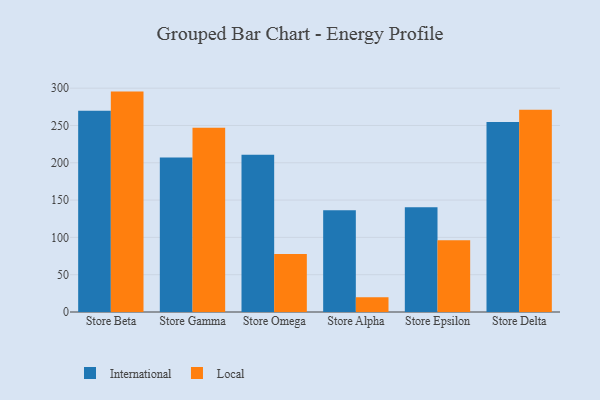
{"axis": {"x": "Store", "y": "Revenue (USD Million)"}, "legend": ["International", "Local"], "data": [{"x": "Store Beta", "y": 269.9, "type": "International"}, {"x": "Store Beta", "y": 295.4, "type": "Local"}, {"x": "Store Gamma", "y": 207.2, "type": "International"}, {"x": "Store Gamma", "y": 246.8, "type": "Local"}, {"x": "Store Omega", "y": 210.6, "type": "International"}, {"x": "Store Omega", "y": 77.6, "type": "Local"}, {"x": "Store Alpha", "y": 136.4, "type": "International"}, {"x": "Store Alpha", "y": 19.8, "type": "Local"}, {"x": "Store Epsilon", "y": 140.4, "type": "International"}, {"x": "Store Epsilon", "y": 96.3, "type": "Local"}, {"x": "Store Delta", "y": 254.5, "type": "International"}, {"x": "Store Delta", "y": 271.2, "type": "Local"}]}